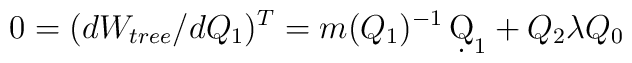
0 = (dW_{tree}/dQ_1)^T = m(Q_1)^{-1}\,\d Q_1 + Q_2\lambda Q_0